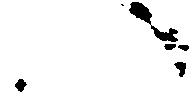
い